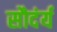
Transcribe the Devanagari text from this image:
सौदंर्य